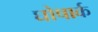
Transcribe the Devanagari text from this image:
घोषार्क